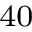
^ { 4 0 }